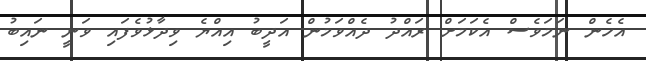
އެހެން ނަމަވެސް އެކަމަށް ރައްދު ދެއްވަމުން އަދީބު އިއްޔެ ވިދާޅުވެފައި ވަނީ ނައިބު